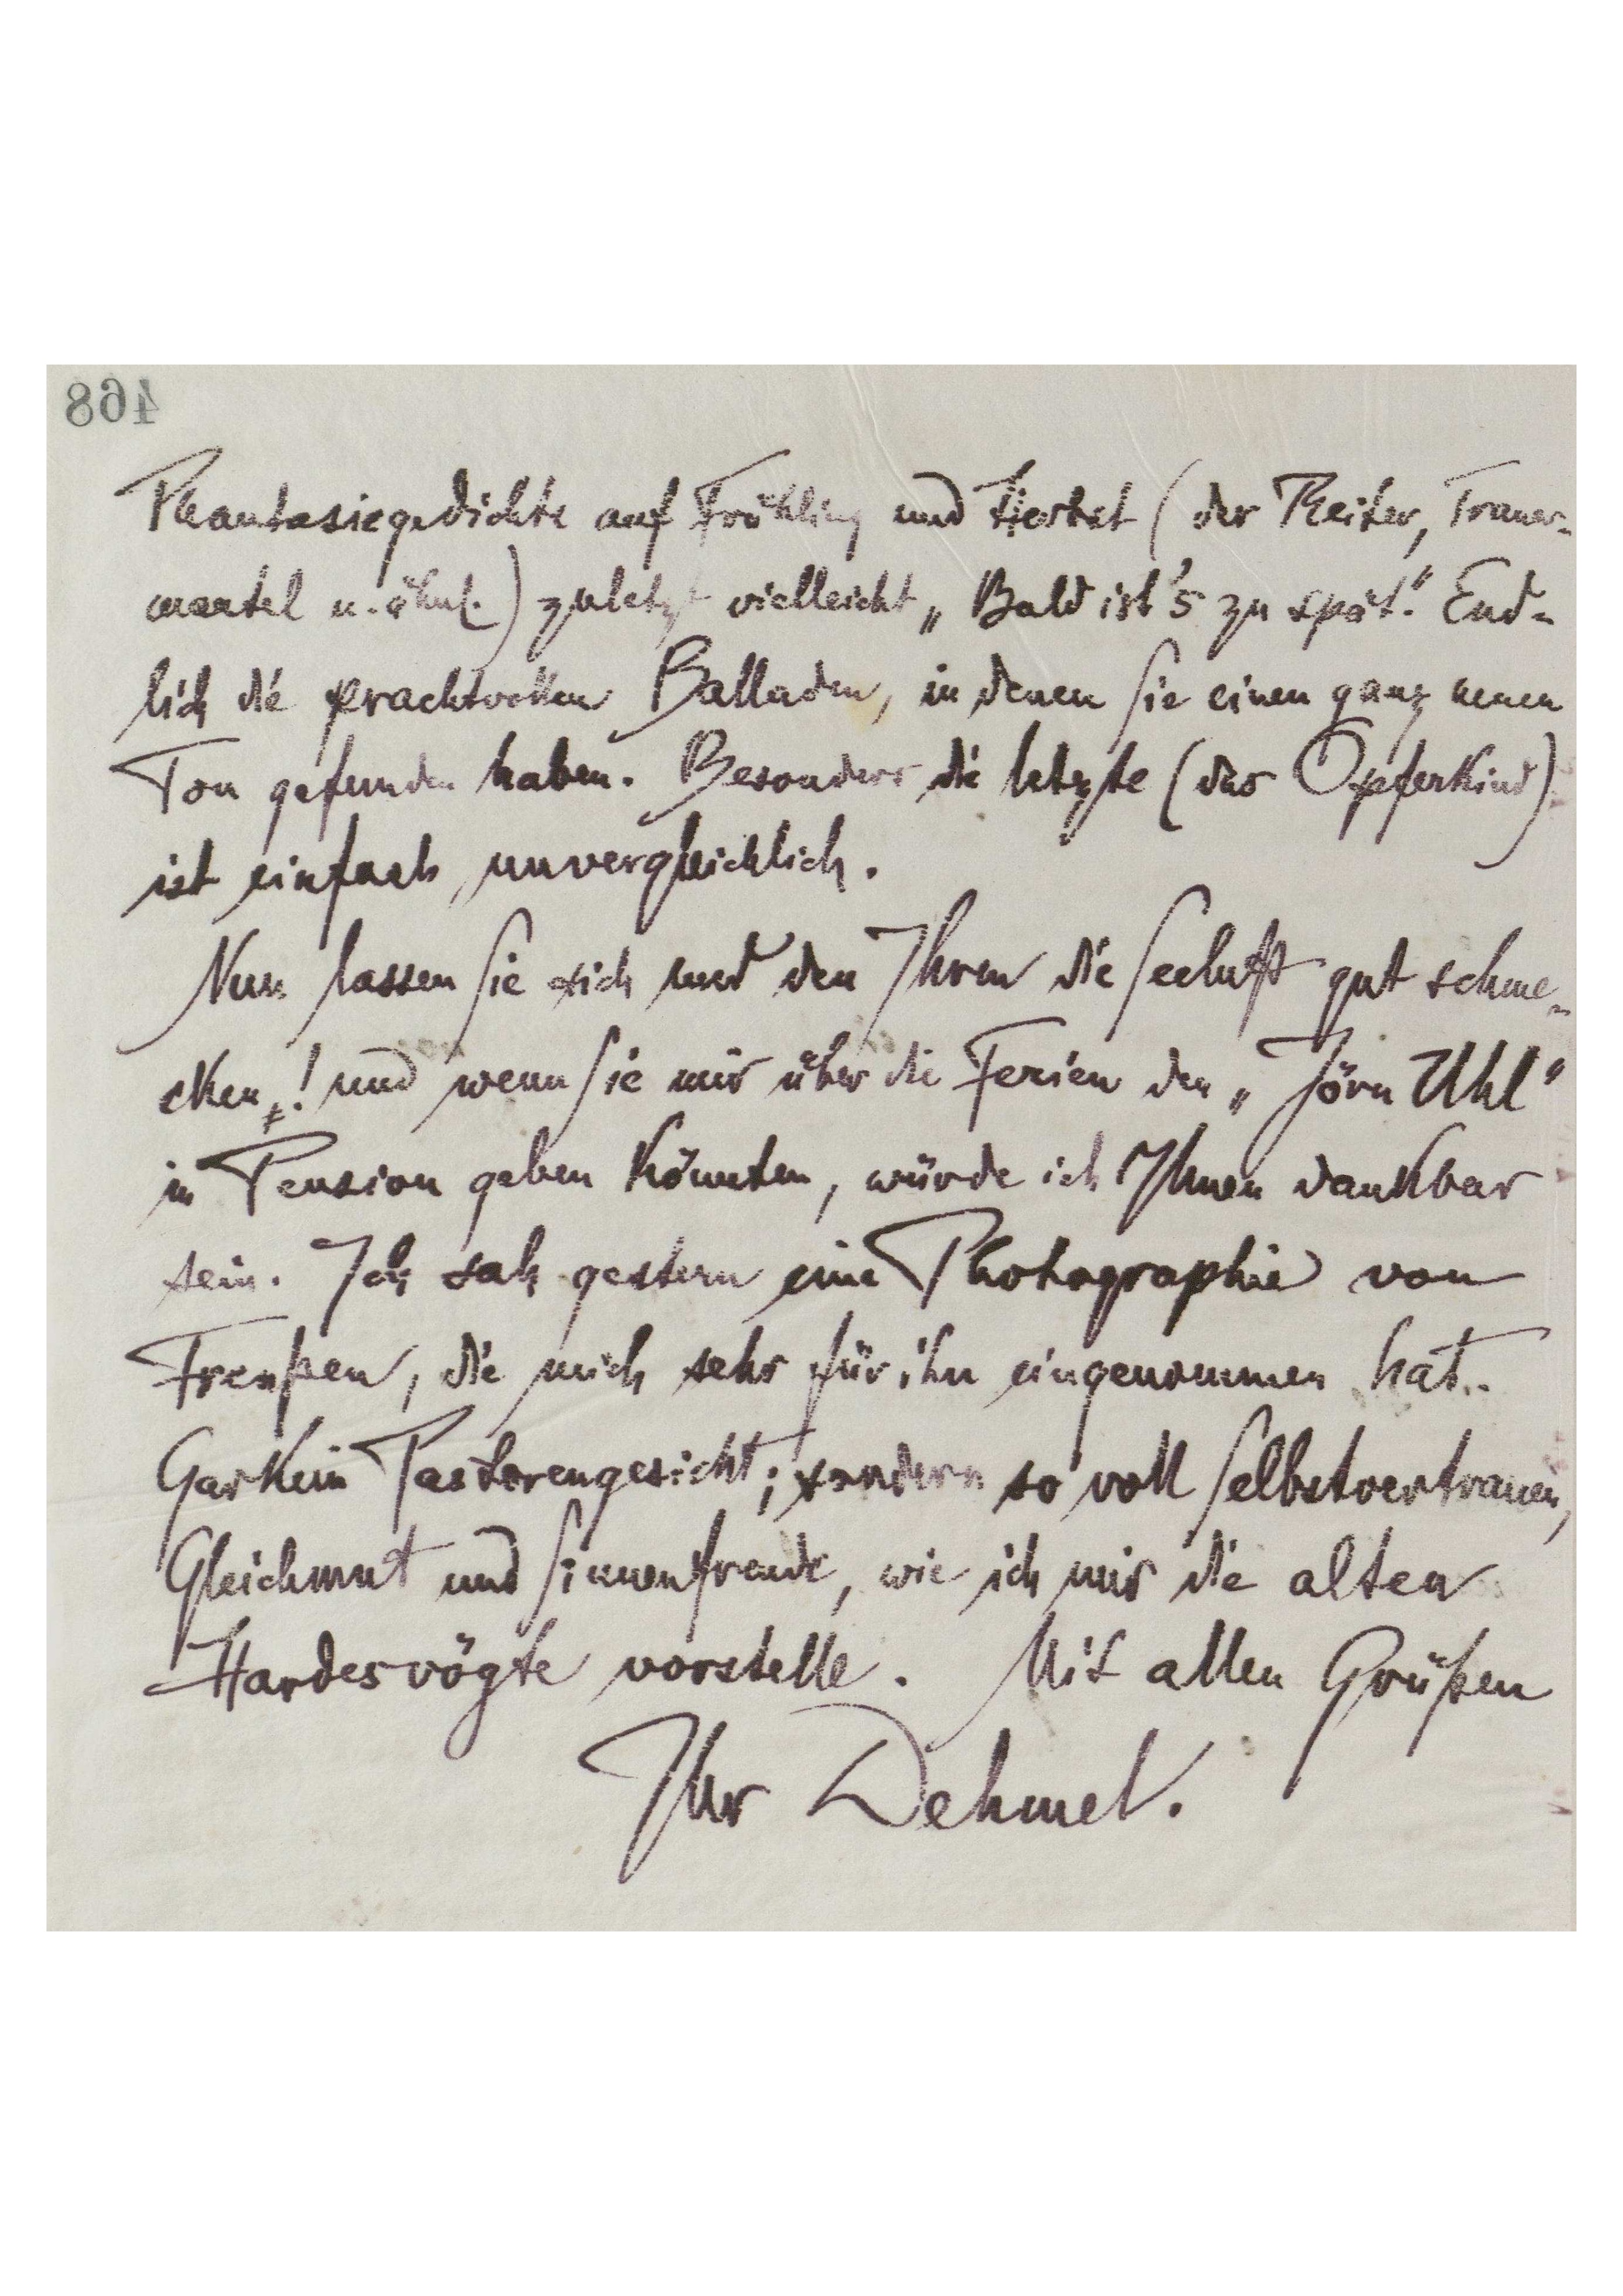
468
Phantasiegedichte auf Frühling und Herbst (der Reiter, Trauer-
mantel u.ähnl.) zuletzt vielleicht "Bald ist's zu spät". End-
lich die prachtvollen Balladen, in denen Sie einen ganz neuen
Ton gefunden haben. Besonders die letzte (das Opferkind)
ist einfach unvergleichlich.
Nun lassen Sie sich und den Ihren die Seeluft gut schme-
cken,! und wenn Sie mir über die Ferien den "Jörn Uhl"
in Pension geben könnten, würde ich Ihnen dankbar
sein. Ich sah gestern eine Photographie von
Frenßen, die mich sehr für ihn eingenommen hat.
Garkein Pastorengesicht; sondern so voll Selbstvertrauen,
Gleichmut und Sinnenfreude, wie ich mir die alten
Hardesvögte vorstelle. Mit allen Grüßen
Ihr Dehmel.